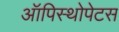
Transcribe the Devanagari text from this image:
ऑपिस्थोपेटस